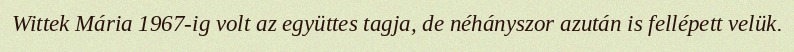
Wittek Mária 1967-ig volt az együttes tagja, de néhányszor azután is fellépett velük.